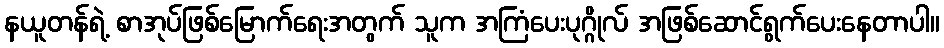
နယူတန်ရဲ့ စာအုပ်ဖြစ်မြောက်ရေးအတွက် သူက အကြံပေးပုဂ္ဂိုလ် အဖြစ်ဆောင်ရွက်ပေးနေတာပါ။